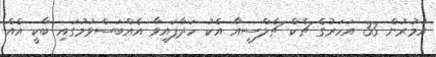
އުމުރުން 33 އަހަރުގެ ޗެކް ޗެލްސީއާ އެކު ހަދާފައިވާ އެއްބަސްވުމުގައި ބާކީ އެއް